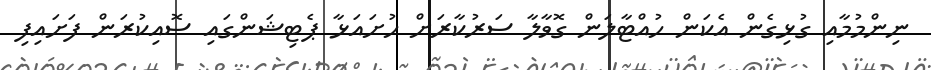
ނިންމުމާއި ގުޅިގެން އެކަން ހުއްޓާލަން ގޮވާލާ ސަރުކާރަށް ހުށައަޅާ ޕެޓިޝަންގައި ސޮއިކުރަން ފަށައިފި